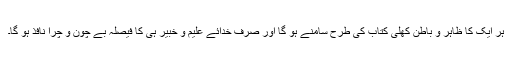
ہر ایک کا ظاہر و باطن کھلی کتاب کی طرح سامنے ہو گا اور صرف خدائے علیم و خبیر ہی کا فیصلہ بے چون و چرا نافذ ہو گا۔